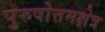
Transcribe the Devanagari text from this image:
पुरुषोत्तमक्षेत्र